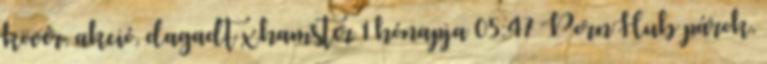
kövér, akció, dagadt xhamster 1 hónapja 05:47 PornHub párok,